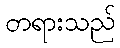
တရားသည်